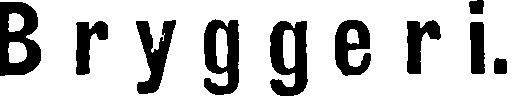
Bryggeri.